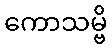
ကောသမ္ဗိ